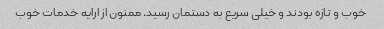
خوب و تازه بودند و خیلی سریع به دستمان رسید. ممنون از ارایه خدمات خوب